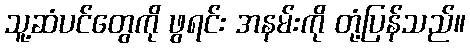
သူ့ဆံပင်တွေကို ဖွရင်း အနမ်းကို တုံ့ပြန်သည်။